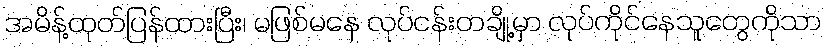
အမိန့်ထုတ်ပြန်ထားပြီး၊ မဖြစ်မနေ လုပ်ငန်းတချို့မှာ လုပ်ကိုင်နေသူတွေကိုသာ